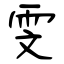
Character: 雯